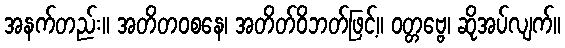
အနက်တည်း။ အတိတဝစနေ၊ အတိတ်ဝိဘတ်ဖြင့်။ ဝတ္တဗ္ဗေ၊ ဆိုအပ်လျက်။